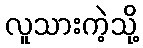
လူသားကဲ့သို့